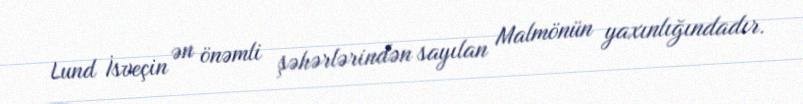
Lund İsveçin ən önəmli şəhərlərindən sayılan Malmönün yaxınlığındadır.